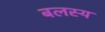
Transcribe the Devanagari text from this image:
बलस्य